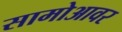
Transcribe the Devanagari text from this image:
सामोआवर